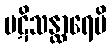
ပဋိသန္ထာရေပိ